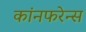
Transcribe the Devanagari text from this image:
कांनफरेन्स